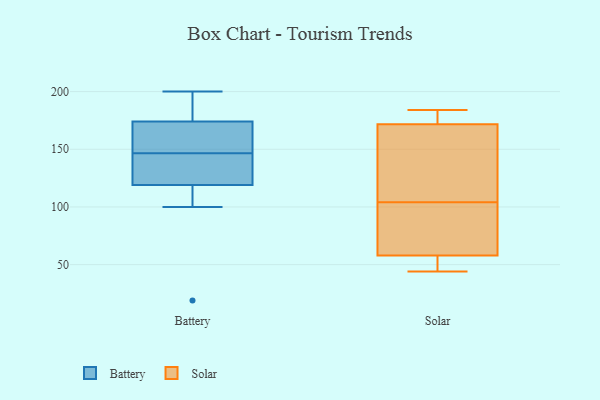
{"axis": {"x": "Satisfaction Score", "y": "Value"}, "legend": ["Battery", "Solar"], "data": [{"x": "", "y": 170, "type": "Battery"}, {"x": "", "y": 142, "type": "Battery"}, {"x": "", "y": 100, "type": "Battery"}, {"x": "", "y": 119, "type": "Battery"}, {"x": "", "y": 196, "type": "Battery"}, {"x": "", "y": 148, "type": "Battery"}, {"x": "", "y": 165, "type": "Battery"}, {"x": "", "y": 174, "type": "Battery"}, {"x": "", "y": 128, "type": "Battery"}, {"x": "", "y": 200, "type": "Battery"}, {"x": "", "y": 145, "type": "Battery"}, {"x": "", "y": 19, "type": "Battery"}, {"x": "", "y": 187, "type": "Battery"}, {"x": "", "y": 111, "type": "Battery"}, {"x": "", "y": 44, "type": "Solar"}, {"x": "", "y": 112, "type": "Solar"}, {"x": "", "y": 175, "type": "Solar"}, {"x": "", "y": 177, "type": "Solar"}, {"x": "", "y": 95, "type": "Solar"}, {"x": "", "y": 49, "type": "Solar"}, {"x": "", "y": 184, "type": "Solar"}, {"x": "", "y": 162, "type": "Solar"}, {"x": "", "y": 85, "type": "Solar"}, {"x": "", "y": 49, "type": "Solar"}, {"x": "", "y": 104, "type": "Solar"}]}